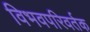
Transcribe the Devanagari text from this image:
विभवपरिवर्तक